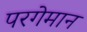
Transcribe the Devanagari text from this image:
परगेमान